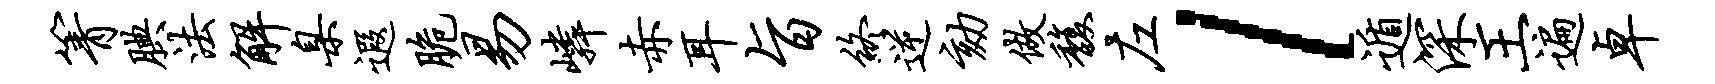
箐腆法解臬遐脆易嶙赤耳旨终逆劾做馥左l遁深王遍卓